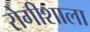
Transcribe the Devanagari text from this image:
रोगीशाला